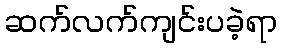
ဆက်လက်ကျင်းပခဲ့ရာ